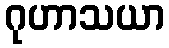
ဂုဟာသယာ